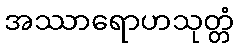
အဿာရောဟသုတ္တံ